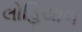
લોહિયાળ